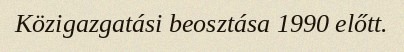
Közigazgatási beosztása 1990 előtt.